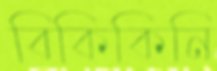
বিকিকিনি